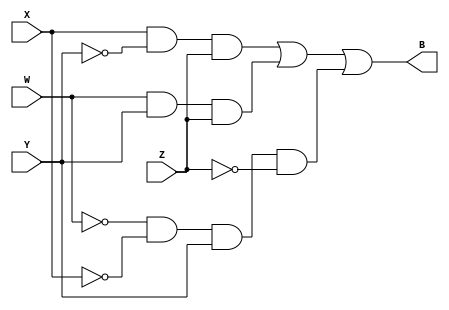
module mProjstep5(W, X, Y, Z, B);
	input W, X, Y, Z;
	output B;
	
	assign B = (X & ~Y & Z) | (W & Y & Z) | (~W & ~X & Y & ~Z);
	
endmodule